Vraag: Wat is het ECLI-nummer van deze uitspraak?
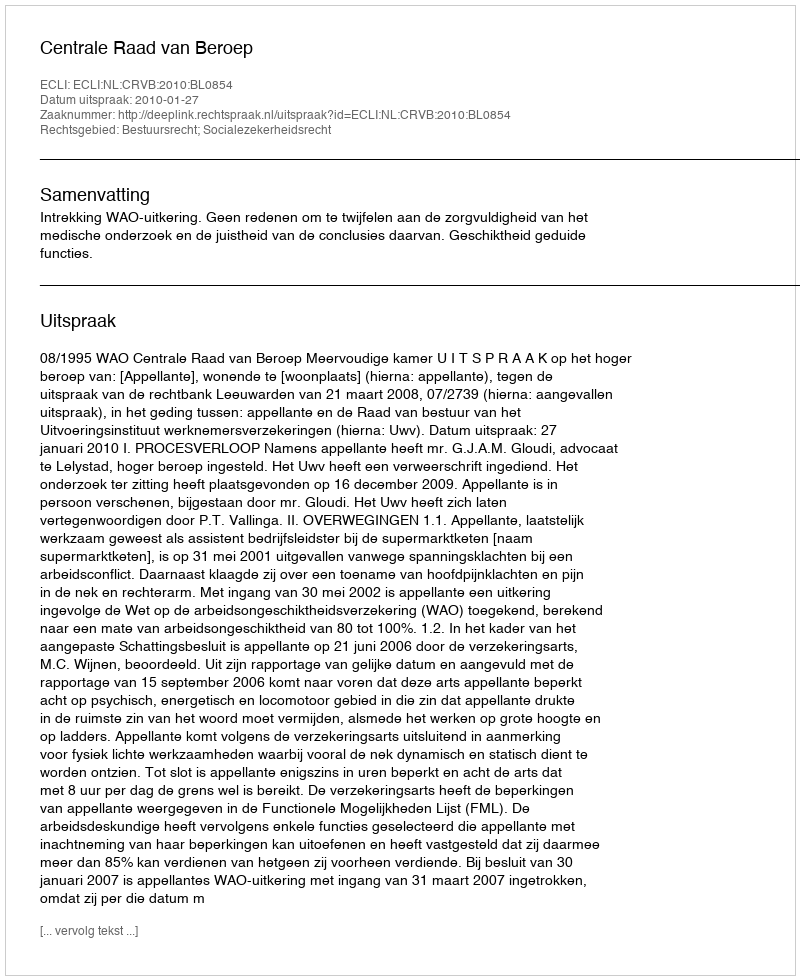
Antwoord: ECLI:NL:CRVB:2010:BL0854